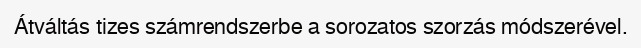
Átváltás tizes számrendszerbe a sorozatos szorzás módszerével.